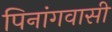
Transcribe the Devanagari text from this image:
पिनांगवासी